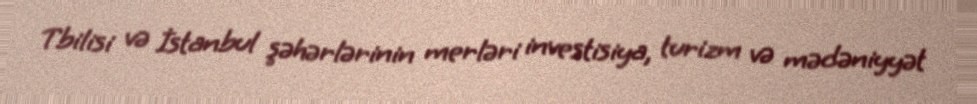
Tbilisi və İstanbul şəhərlərinin merləri investisiya, turizm və mədəniyyət